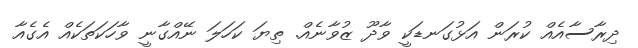
ދިރާސާއެއް ކުރަން އަޅުގަނޑަކީ ވާދޫ ޒުވާނެއް. ތިޔަ ކަހަލަ ނޭއްގާނީ ވާހަކަތަކެއް އެގެއާ